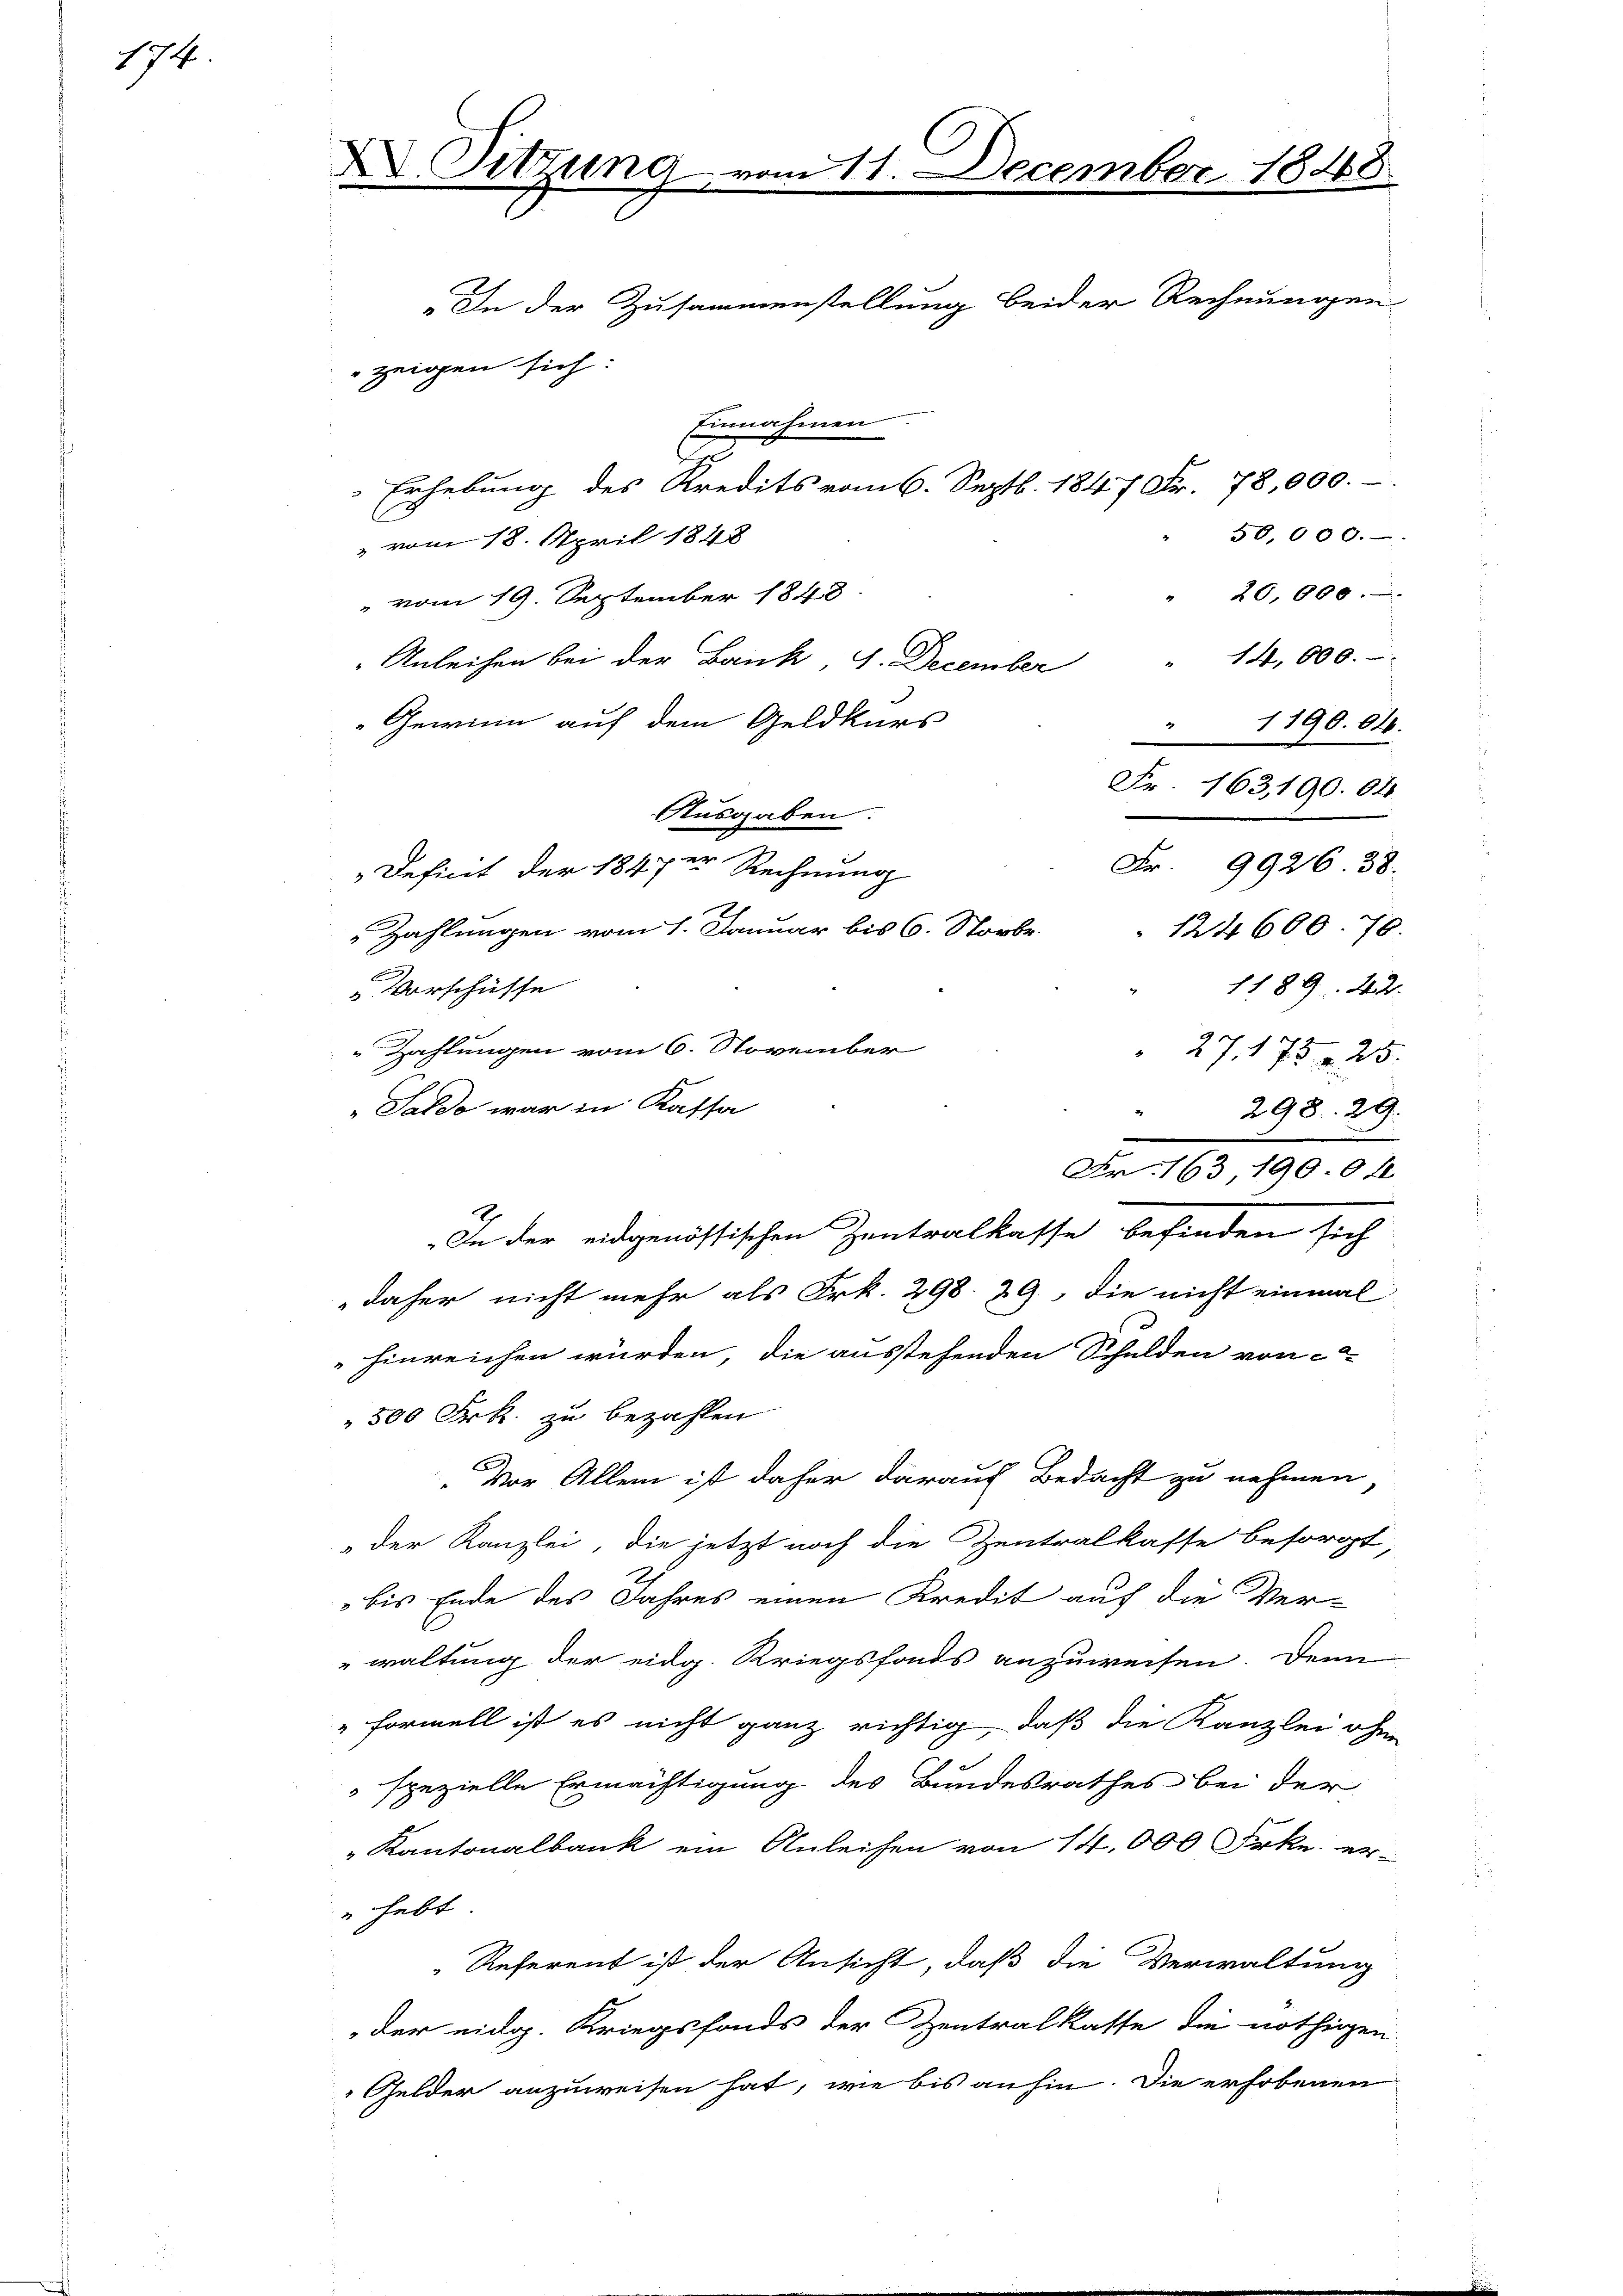
174.

X. Sitzung vom 11. December 1848.
„In der Zusammenstellung beider Rechnungen
zeigen sich:

Einnahmen
Erhebung des Kredits vom 6. Septb. 1847 Fr. 78,000.-
50,000.-.
" vom 18. April 1848
" 20,000.
" vom 19. September 1848
Anleihen bei der Bank, 4. December " 14, 600.
Gewinn auf dem Geldkurs
Ausgaben.
 Zahlungen vom 1. Januar bis 6. Storbe
1189. 42.
Vorschüsse
 Zahlungen vom 6. November
"Saldo war in Kassa
.
Fr. 163, 1900 f
—
E
In der eidgenössischen Zentralkasse befinden sich
daher nicht mehr als Frk. 298. 29, die nicht einmal
hinreichen würden, die ausstehenden Schulden von c
500 Frk. zu bezahlen.
„Vor Allem ist daher darauf Bedacht zu nehmen
"der Kanzlei, die jetzt noch die Zentralkasse besorgt,
bis Ende des Jahres einen Kredit auf die Verwaltung der eidg. Kriegsfonds anzuweisen. Denn
" Formell ist es nicht ganz richtig, daß die Kanzlei ohne
spezielle Ermächtigung des Bundesrathes bei der
" Kantonalbank ein Anleihen von 14,000 Frkn. er¬
 hebt
Referent ist der Ansicht, daß die Verwaltung
der eidg. Kriegsfonds der Zentralkasse die nöthigen
Gelder anzuweisen hat, wie bis anhin. Die erhobenen

Deficit der 1847 er Rechnung

1190. 64.

27. 175 n 25.

Fr. 163,190. 64
Fr. 9926. 38.
124600. 70.

298. 29.
.
e